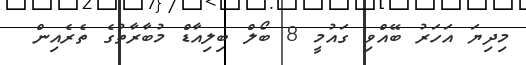
މިދިޔަ އަހަރު ބޭއްވި ގައުމީ 8 ބޯލް ބިލިއާޑް މުބާރާތުގެ ތެރެއިން